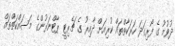
ދުވުމު ގެ ފޯރިގަދަ ހަރަކާތްތައް ކުރިއަށް ދާއިރު ގެ ޗެރިޓީ ޕާޓްނަރުންގެ މަސައްކަތްތައް